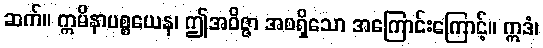
ဆက်။ ဣမိနာပစ္စယေန၊ ဤအဝိဇ္ဇာ အစရှိသော အကြောင်းကြောင့်။ ဣဒံ၊